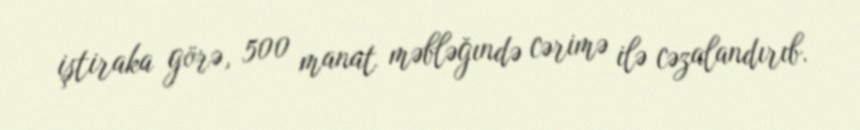
iştiraka görə, 500 manat məbləğındə cərimə ilə cəzalandırıb.